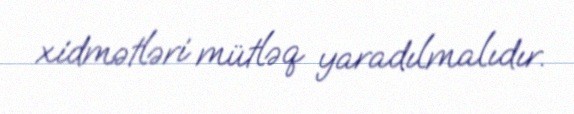
xidmətləri mütləq yaradılmalıdır.